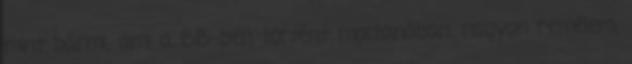
mint bármi, ami a BB-ben történt mostanában, nagyon remélem,